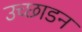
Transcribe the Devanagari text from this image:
उच्छाडन